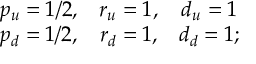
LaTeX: \begin{array} { c c c } { { p _ { u } = 1 / 2 , } } & { { r _ { u } = 1 , } } & { { d _ { u } = 1 } } \\ { { p _ { d } = 1 / 2 , } } & { { r _ { d } = 1 , } } & { { d _ { d } = 1 ; } } \end{array}